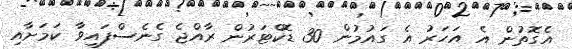
އެގޮތުން އެ އަހަރު އެ ގައުމުން 30 ޑޮކްްޓަރުން ރާއްޖެ ގެނެސްފައިވާ ކަަމަށާއި